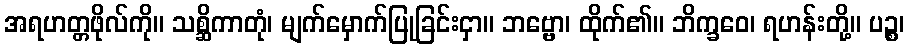
အရဟတ္တဖိုလ်ကို။ သစ္ဆိကာတုံ၊ မျက်မှောက်ပြုခြင်းငှာ။ ဘဗ္ဗော၊ ထိုက်၏။ ဘိက္ခဝေ၊ ရဟန်းတို့။ ပဉ္စ၊